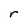
Character: r